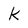
Character: k